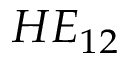
H E _ { 1 2 }